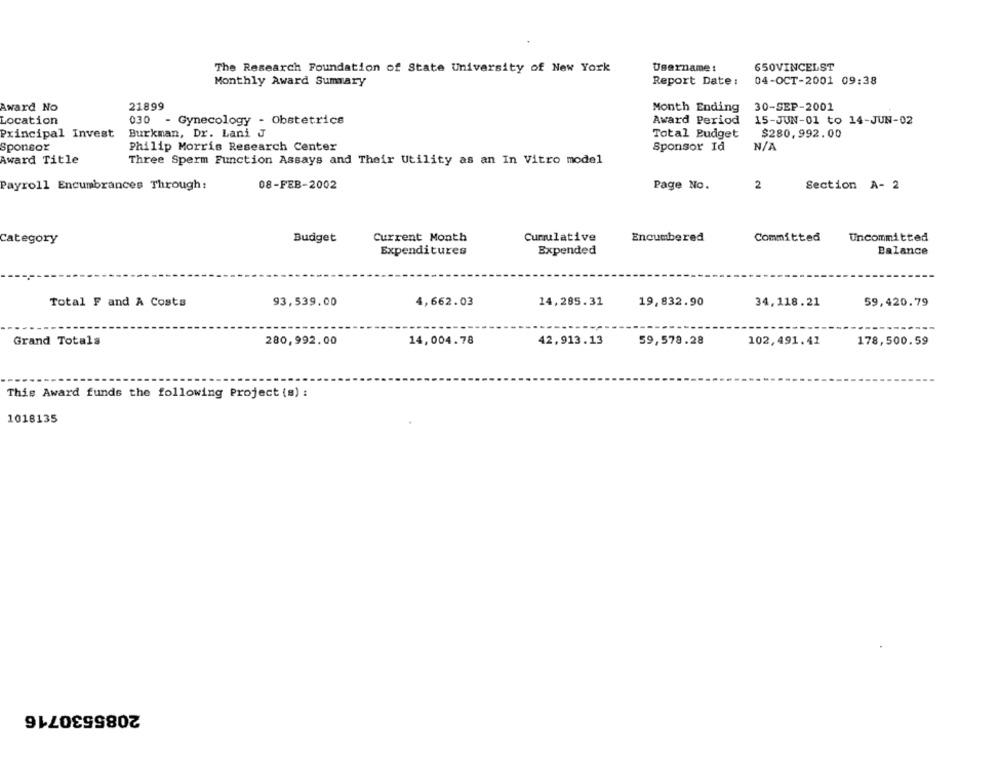
The Research Foundation of State University of New York
Username :
650VINCELST
Monthly Award Summary
Report Date :
04-OCT-2001 09:38
Award No
21899
30-SEP-2001
Month Ending
Location
030 - Gynecology - Obstetrics
Award Period
15-JUN-01 to 14-JUN-02
Principal Invest
Burkman, Dr. Lani J
Total Budget
$280,992.00
Sponsor
Philip Morris Research Center
Sponsor Id
Award Title
Three Sperm Function Assays and Their Utility as an In Vitro model
Payroll Encumbrances Through:
08-FEB-2002
Page No.
2
Section A- 2
Current Month
Cumulative
Uncommitted
Category
Budget
Encumbered
Committed
Expenditures
Expended
Balance
Total F and A Costs
93,539.00
4,662.03
14,285.31
19,832.90
34,118.21
59,420.79
Grand Totals
280,992.00
14,004.78
42,913.13
59,578.28
102,491.41
178,500.59
This Award funds the following Project (s) :
1018135
2085530716